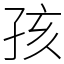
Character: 孩